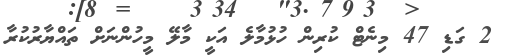
2 ގަޑި 47 މިނެޓް ކުރިން ހުޅުމާލެ އަކީ މާލޭ މީހުންނަށް ތައްޔާރުކުރާ